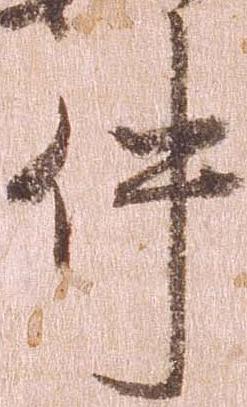
件